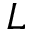
L